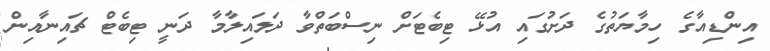
އިންޑިއާގެ ހިމާޔަތުގެ ދަށުގައި އުޅޭ ޓިބެޓަށް ނިސްބަތްވާ ދަަލައިލާމާ ދަނީ ޓިބެޓް ޗައިނާއިން